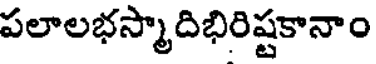
పలాలభస్మాదిభిరిష్టకానాం